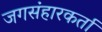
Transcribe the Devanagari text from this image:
जगसंहारकर्ता